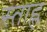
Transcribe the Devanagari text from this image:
स्ताह्ल